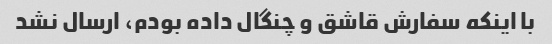
با اینکه سفارش قاشق و چنگال داده بودم، ارسال نشد